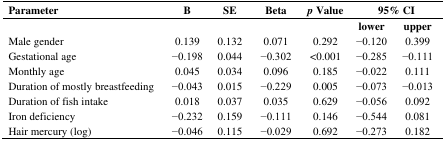
<table><thead><tr><td><b>Parameter</b></td><td><b>B</b></td><td><b>SE</b></td><td><b>Beta</b></td><td><b><i>p</i> Value</b></td><td colspan="2"><b>95% CI</b></td></tr></thead><tbody><tr><td></td><td></td><td></td><td></td><td></td><td><b>lower</b></td><td><b>upper</b></td></tr><tr><td>Male gender</td><td>0.139</td><td>0.132</td><td>0.071</td><td>0.292</td><td>−0.120</td><td>0.399</td></tr><tr><td>Gestational age</td><td>−0.198</td><td>0.044</td><td>−0.302</td><td>&lt;0.001</td><td>−0.285</td><td>−0.111</td></tr><tr><td>Monthly age</td><td>0.045</td><td>0.034</td><td>0.096</td><td>0.185</td><td>−0.022</td><td>0.111</td></tr><tr><td>Duration of mostly breastfeeding</td><td>−0.043</td><td>0.015</td><td>−0.229</td><td>0.005</td><td>−0.073</td><td>−0.013</td></tr><tr><td>Duration of fish intake</td><td>0.018</td><td>0.037</td><td>0.035</td><td>0.629</td><td>−0.056</td><td>0.092</td></tr><tr><td>Iron deficiency</td><td>−0.232</td><td>0.159</td><td>−0.111</td><td>0.146</td><td>−0.544</td><td>0.081</td></tr><tr><td>Hair mercury (log)</td><td>−0.046</td><td>0.115</td><td>−0.029</td><td>0.692</td><td>−0.273</td><td>0.182</td></tr></tbody></table>